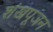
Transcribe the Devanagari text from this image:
शंखपूजन